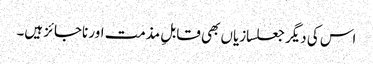
اس کی دیگر جعلسازیاں بھی قابلِ مذمت اور ناجائز ہیں۔